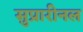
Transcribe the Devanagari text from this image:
सुप्रारीनल